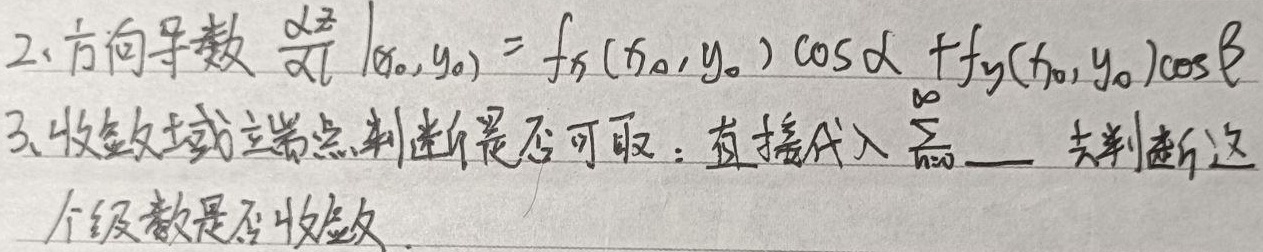
2. 方向导数 $\left.\frac{\partial z}{\partial l}\right|_{(x_{0},y_{0})}=f_{x}(x_{0},y_{0})\cos\alpha + f_{y}(x_{0},y_{0})\cos\beta$

3. 收敛域端点判断是否可取：直接代入 $\sum_{n = 0}^{\infty}\underline{\ \ \ \ }$ 去判断这个级数是否收敛。